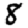
Digit: 8